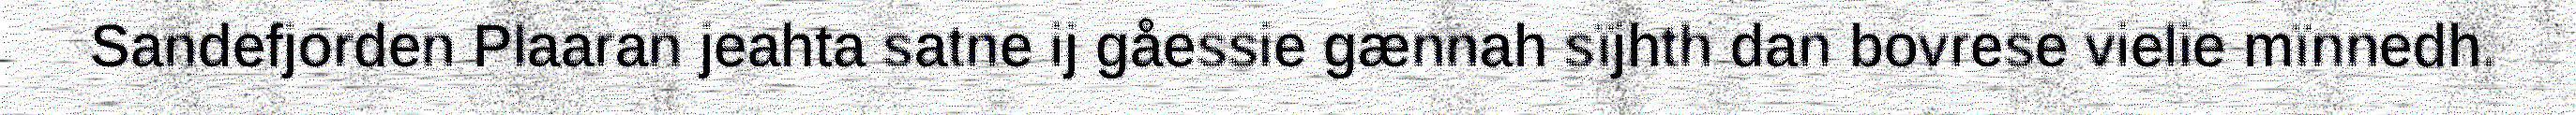
Sandefjorden Plaaran jeahta satne ij gåessie gænnah sïjhth dan bovrese vielie mïnnedh.